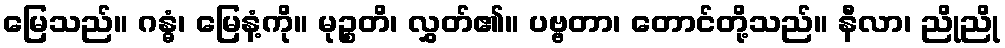
မြေသည်။ ဂန္ဓံ၊ မြေနံ့ကို။ မုဉ္စတိ၊ လွှတ်၏။ ပဗ္ဗတာ၊ တောင်တို့သည်။ နီလာ၊ ညိုညို